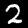
Digit: 2